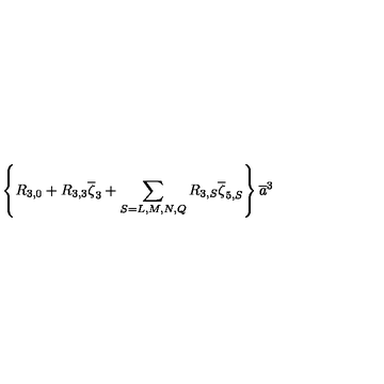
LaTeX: \left\{ R _ { 3 , 0 } + R _ { 3 , 3 } \overline { \zeta } _ { 3 } + \sum _ { S = L , M , N , Q } R _ { 3 , S } \overline { \zeta } _ { 5 , S } \right\} \overline { { a } } ^ { 3 }